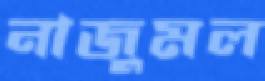
নাজুমল